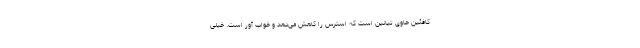
کافئین حاوی تیانین است که استرس را کاهش می‌دهد و خواب آور است. خیلی